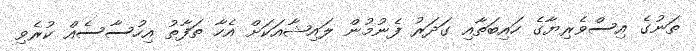
ތަނުގެ އިސްވެރިޔާގެ ހައިބަތާއި ގަދަރު ފެނުމުން ލައިޝާއަކަށް އެހާ ތަފާތު އިހުސާސެއް ކުރެވި